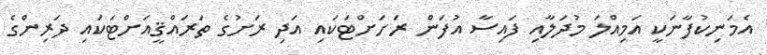
އެމަނިކުފާނަކީ އަމިއްލަ މުދަލާއި ފައިސާ އުފަން ރަށަށްޓަކައި އަދި ރަށުގެ ތަރައްޤީއަށްޓަކައި ދަރިންގެ